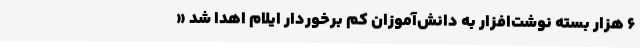
6 هزار بسته نوشت‌افزار به دانش‌آموزان کم برخوردار ایلام اهدا شد «